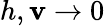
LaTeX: h,\mathbf{v}\rightarrow0